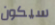
سيكون